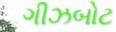
ગીઝબોટ